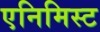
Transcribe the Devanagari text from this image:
एनिमिस्ट